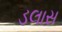
ડલાસ